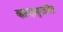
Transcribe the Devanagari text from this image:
कान्हापुरातील